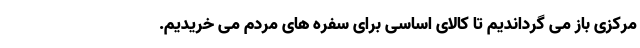
مرکزی باز می گرداندیم تا کالای اساسی برای سفره های مردم می خریدیم.